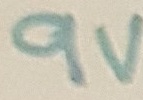
Text: 9V